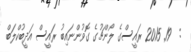
:  19